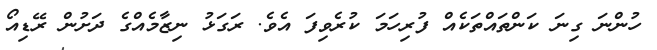
ހުންނަ ގިނަ ކަންތައްތަކެއް ފުރިހަމަ ކުރެވިފަ އެވެ. ރަގަޅު ނިޒާމެއްގެ ދަށުން ރޭޑިއޯ